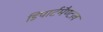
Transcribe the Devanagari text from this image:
डिपार्टमैण्टल